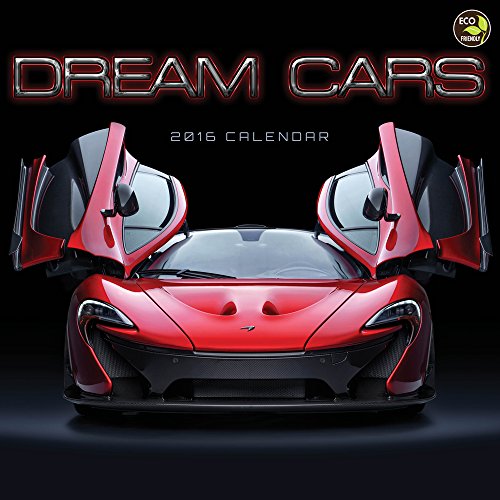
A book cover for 2016 Dream Cars Wall Calendar; TF Publishing; Calendars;